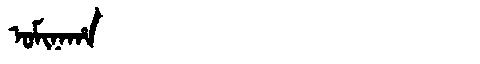
Manchu: ᠣᠮᡳᠨᠠᡥᠠ
Romanization: OMINAHA